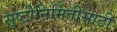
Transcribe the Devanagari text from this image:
सृष्टीनिर्मितीसाठी